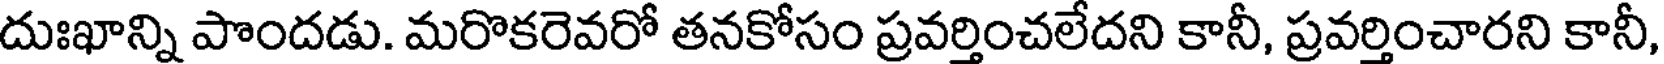
దుఃఖాన్ని పొందడు. మరొకరెవరో తనకోసం ప్రవర్తించలేదని కానీ, ప్రవర్తించారని కానీ